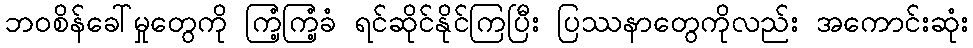
ဘဝစိန်ခေါ်မှုတွေကို ကြံ့ကြံ့ခံ ရင်ဆိုင်နိုင်ကြပြီး ပြဿနာတွေကိုလည်း အကောင်းဆုံး